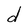
Character: d